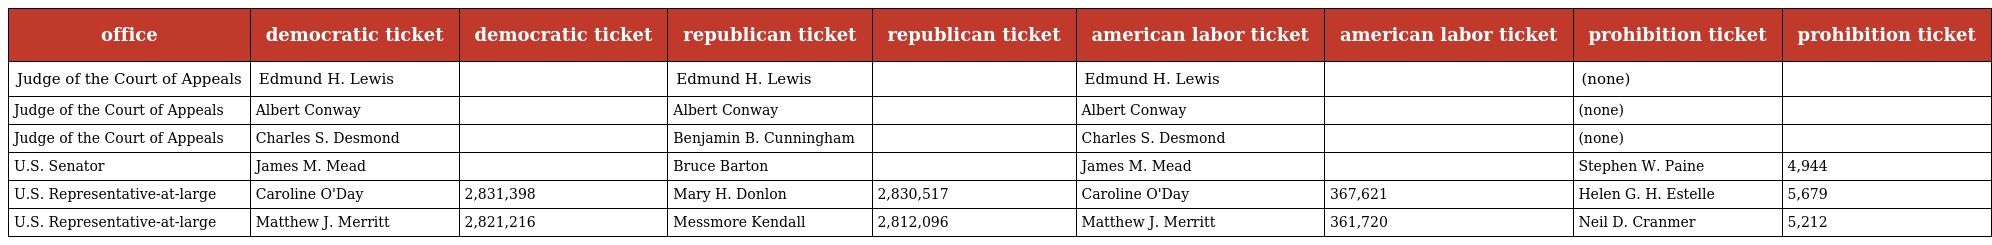
| office | democratic ticket | democratic ticket | republican ticket | republican ticket | american labor ticket | american labor ticket | prohibition ticket | prohibition ticket |
 | --- | --- | --- | --- | --- | --- | --- | --- | --- |
 | Judge of the Court of Appeals | Edmund H. Lewis |  | Edmund H. Lewis |  | Edmund H. Lewis |  | (none) |  |
 | Judge of the Court of Appeals | Albert Conway |  | Albert Conway |  | Albert Conway |  | (none) |  |
 | Judge of the Court of Appeals | Charles S. Desmond |  | Benjamin B. Cunningham |  | Charles S. Desmond |  | (none) |  |
 | U.S. Senator | James M. Mead |  | Bruce Barton |  | James M. Mead |  | Stephen W. Paine | 4,944 |
 | U.S. Representative-at-large | Caroline O'Day | 2,831,398 | Mary H. Donlon | 2,830,517 | Caroline O'Day | 367,621 | Helen G. H. Estelle | 5,679 |
 | U.S. Representative-at-large | Matthew J. Merritt | 2,821,216 | Messmore Kendall | 2,812,096 | Matthew J. Merritt | 361,720 | Neil D. Cranmer | 5,212 |